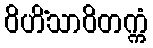
ဝိဟိံသာဝိတက္ကံ